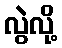
လွဲလို့